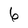
Character: 6